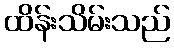
ထိန်းသိမ်းသည်